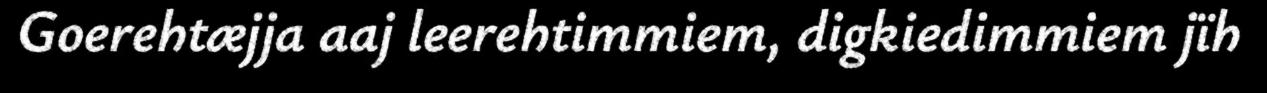
Goerehtæjja aaj leerehtimmiem, digkiedimmiem jïh